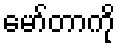
မော်တာကို